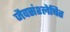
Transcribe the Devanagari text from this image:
जैवसंश्लेषित